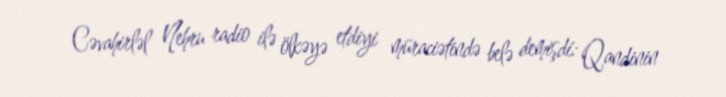
Cəvahirləl Nehru radio ilə ölkəyə etdiyi müraciətində belə demişdi: Qandinin